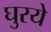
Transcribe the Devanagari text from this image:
घुरये